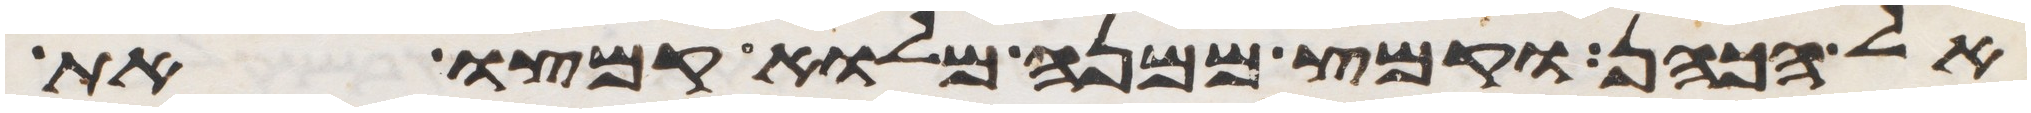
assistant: אל הכהן וקמץ ממנה מלוא קמצו את